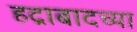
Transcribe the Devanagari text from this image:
हद्राबादच्या